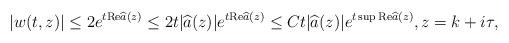
LaTeX: \begin{align*}|w(t,z)|\leq 2e^{t{\rm Re}\widehat{a}(z)}\leq 2t|\widehat{a}(z)|e^{t{\rm Re}\widehat{a}(z)}\leq Ct|\widehat{a}(z)|e^{t\sup{\rm Re}\widehat{a}(z)}, z=k+i\tau,\end{align*}